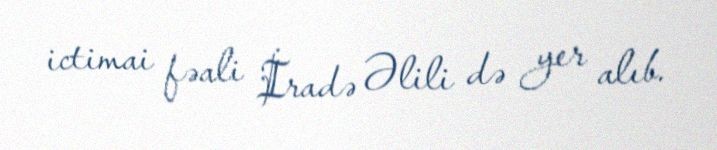
ictimai fəali İradə Əlili də yer alıb.